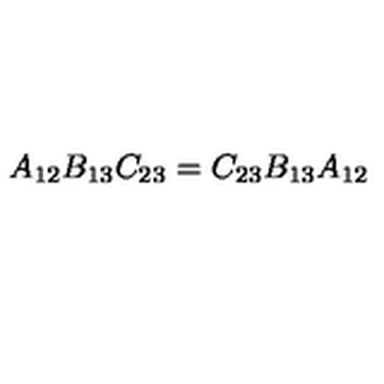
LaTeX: A _ { 1 2 } B _ { 1 3 } C _ { 2 3 } = C _ { 2 3 } B _ { 1 3 } A _ { 1 2 }